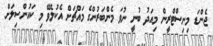
ޖެންޑަ މިނިސްޓްރީން މިއަދު ބުނީ ނުވަ މެންބަރުންގެ މައްޗަށް އެކުލެވޭ މި ކައުންސިލަށް